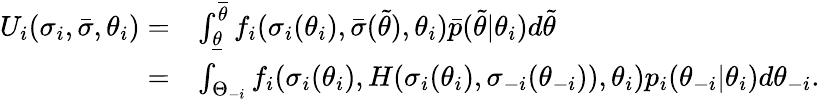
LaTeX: \begin{array}{rl}{U_{i}(\sigma_{i},\bar{\sigma},\theta_{i})=}&{\int_{\underline{{\theta}}}^{\overline{{\theta}}}f_{i}(\sigma_{i}(\theta_{i}),\bar{\sigma}(\tilde{\theta}),\theta_{i})\bar{p}(\tilde{\theta}|\theta_{i})d\tilde{\theta}}\\ {=}&{\int_{\Theta_{-i}}f_{i}(\sigma_{i}(\theta_{i}),H(\sigma_{i}(\theta_{i}),\sigma_{-i}(\theta_{-i})),\theta_{i})p_{i}(\theta_{-i}|\theta_{i})d\theta_{-i}.}\end{array}